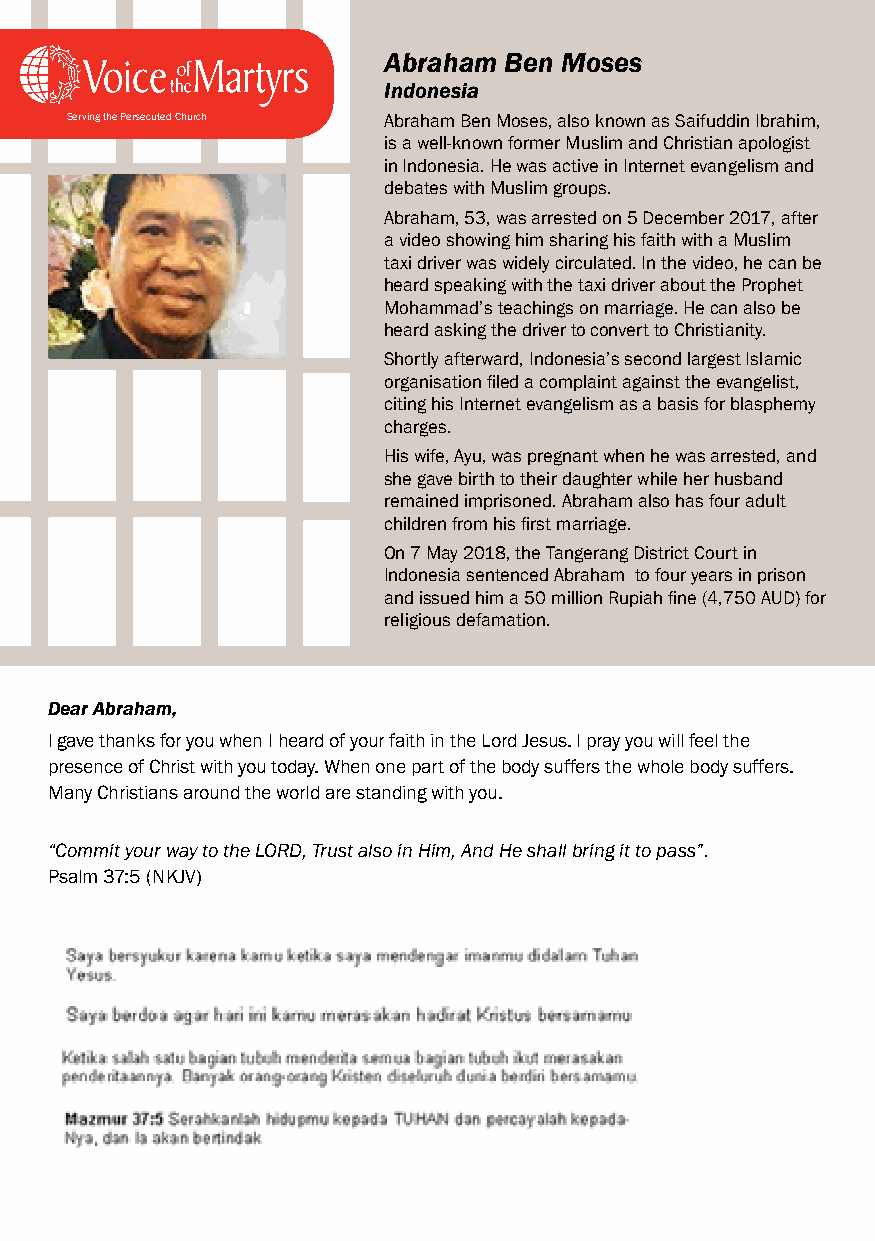
Abraham Ben Moses
 Indonesia
 Serving the Persecuted Church Abraham Ben Moses, also known as Saifuddin Ibrahim,
 is a well-known former Muslim and Christian apologist
 in Indonesia. He was active in Internet evangelism and
 debates with Muslim groups.
 Abraham, 53, was arrested on 5 December 2017, after
 a video showing him sharing his faith with a Muslim
 taxi driver was widely circulated. In the video, he can be
 heard speaking with the taxi driver about the Prophet
 Mohammad’s teachings on marriage. He can also be
 heard asking the driver to convert to Christianity.
 Shortly afterward, Indonesia’s second largest Islamic
 organisation filed a complaint against the evangelist,
 citing his Internet evangelism as a basis for blasphemy
 charges.
 His wife, Ayu, was pregnant when he was arrested, and
 she gave birth to their daughter while her husband
 remained imprisoned. Abraham also has four adult
 children from his first marriage.
 On 7 May 2018, the Tangerang District Court in
 Indonesia sentenced Abraham to four years in prison
 and issued him a 50 million Rupiah fine (4,750 AUD) for
 religious defamation.
 Dear Abraham,
 I gave thanks for you when I heard of your faith in the Lord Jesus. I pray you will feel the
 presence of Christ with you today. When one part of the body suffers the whole body suffers.
 Many Christians around the world are standing with you.
 “Commit your way to the LORD, Trust also in Him, And He shall bring it to pass”.
 Psalm 37:5 (NKJV)